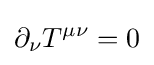
\partial _{\nu }T^{\mu \nu }=0